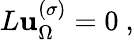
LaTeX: L\mathbf{u}_{\Omega}^{(\sigma)}=0\ ,